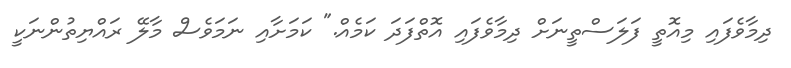
ދިމާވެފައި މިއޮތީ ފަލަސްތީނަށް ދިމާވެފައި އޮތްފަދަ ކަމެއް." ކަމަށާއި ނަމަވެސް މާލޭ ރައްޔިތުންނަކީ